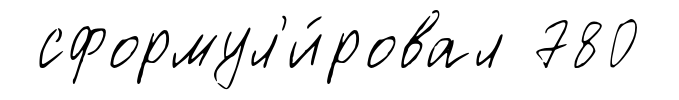
сформул'и́ровал 780